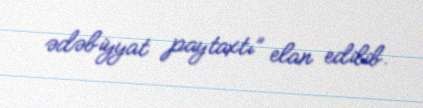
ədəbiyyat paytaxtı” elan edilib.